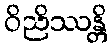
ဝိညိဿန္တိ